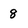
Character: 8